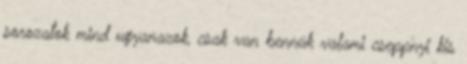
sorozatok mind ugyanazok, csak van bennük valami cseppnyi kis